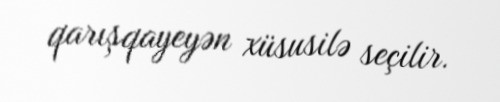
qarışqayeyən xüsusilə seçilir.